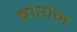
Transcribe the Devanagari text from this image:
बोरोज